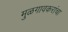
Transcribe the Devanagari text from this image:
मुळगावकरांचा